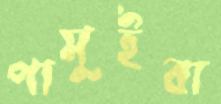
পামুইবা